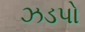
ઝડપો